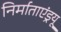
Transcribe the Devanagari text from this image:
निर्माताएंड्रयू